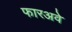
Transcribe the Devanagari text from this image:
फारअवे